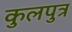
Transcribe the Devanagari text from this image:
कुलपुत्र